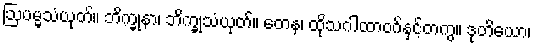
ဩပမ္မသံယုတ်။ ဘိက္ခုနာ၊ ဘိက္ခုသံယုတ်။ တေန၊ ထိုသဂါထာဝဂ်နှင့်တကွ။ ဒုတိယော၊